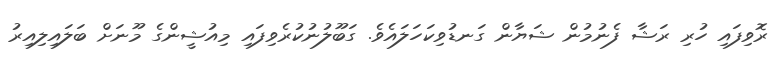
ރޮވިފައި ހުރި ރަޝާ ފެނުމުން ޝަޔާން ގަނޑުވިކަހަލައެވެ. ގަބޫލުނުކުރެވިފައި މިއުޝީންގެ މޫނަށް ބަލައިލިއިރު